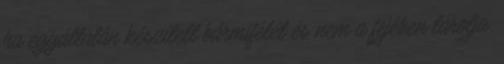
ha egyáltalán készített bármifélét és nem a fejében tárolja.